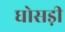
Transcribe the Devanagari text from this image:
घोसड़ी